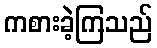
ကစားခဲ့ကြသည်